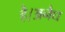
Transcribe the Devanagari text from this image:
है।अनैध